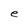
Character: e